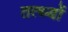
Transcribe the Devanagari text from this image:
तत्थ्यों